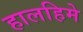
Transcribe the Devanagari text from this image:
हालहिमे